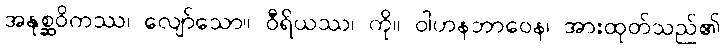
အနုစ္ဆဝိကဿ၊ လျော်သော။ ဝီရိယဿ၊ ကို။ ဝါဟနဘာဝေန၊ အားထုတ်သည်၏